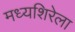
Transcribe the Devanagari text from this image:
मध्यशिरेला